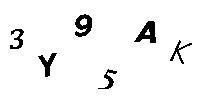
3Y95AK